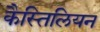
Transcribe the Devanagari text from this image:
कैस्तिलियन